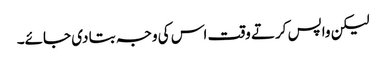
لیکن واپس کرتے وقت اس کی وجہ بتا دی جائے۔